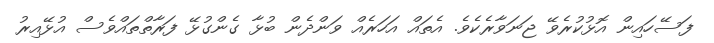
ފަސޭހައިން އޮޅުކުރެވޭ ޖަނަވާރެކެވެ. އެތައް އަހަރެއް ވަންދެން ބުޅާ ގެންގުޅޭ ފަރާތްތައްވެސް އުޅޭއިރު